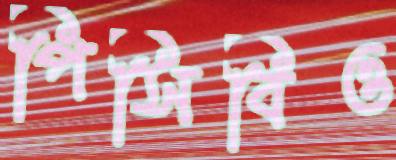
পিসিবিও